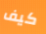
كيف